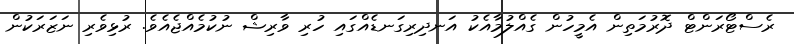
ރެސްޓޯރަންޓް ދޮރުމަތިން އެމީހުން ގެއްލުމާއެކު އަނދިރިގަނޑެއްގައި ހުރި ވާރިޝް ނުކުމެއްޖެއެވެ. ރުޅިވެރި ނަޒަރަކުން